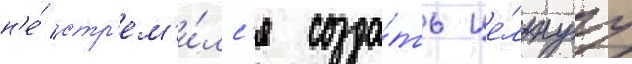
н'е́ стр'ем'и́лс'я созда́ть це́льнуу